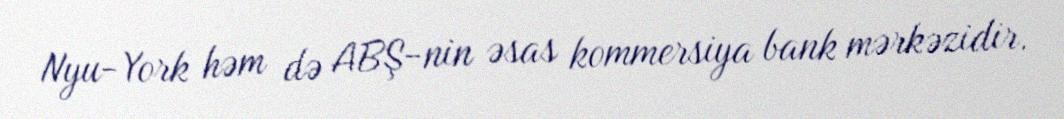
Nyu-York həm də ABŞ-nin əsas kommersiya bank mərkəzidir.